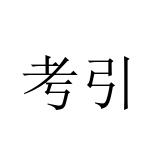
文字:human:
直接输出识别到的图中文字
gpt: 考引